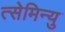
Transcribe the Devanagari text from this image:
त्सेमिन्यु